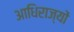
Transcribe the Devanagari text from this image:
आधिराज्यों